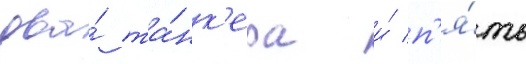
два́ та́нк'ера и́ п'я́ть